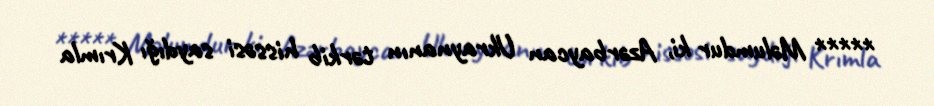
***** Məlumdur ki, Azərbaycan Ukraynanın tərkib hissəsi saydığı Krımla